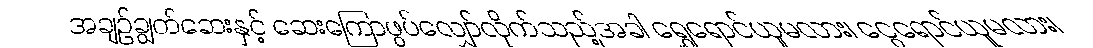
အချဉ်ချွတ်ဆေးနှင့် ဆေးကြောဖွပ်လျှော်လိုက်သည့်အခါ ရွှေရောင်ယူမလား၊ ငွေရောင်ယူမလား၊